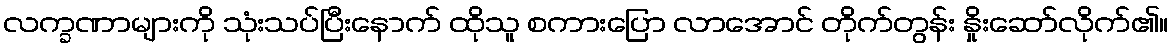
လက္ခဏာများကို သုံးသပ်ပြီးနောက် ထိုသူ စကားပြော လာအောင် တိုက်တွန်း နှိုးဆော်လိုက်၏။